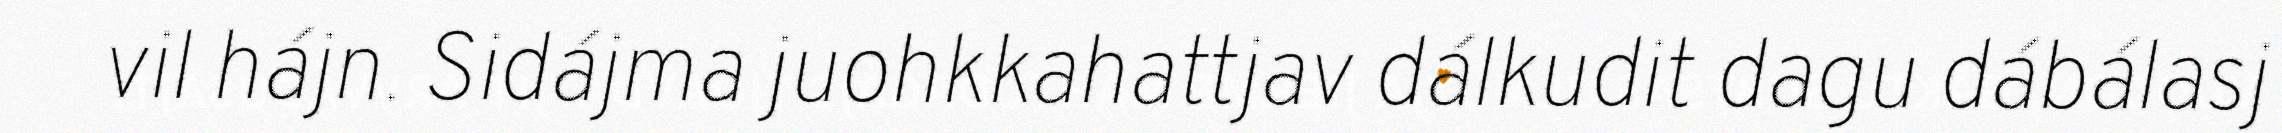
vil hájn. Sidájma juohkkahattjav dálkudit dagu dábálasj